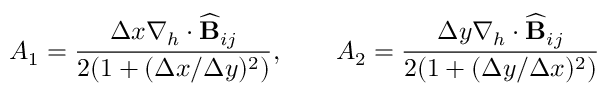
A _ { 1 } = \frac { \Delta x \nabla _ { h } \cdot \widehat { \mathbf { B } } _ { i j } } { 2 ( 1 + ( \Delta x / \Delta y ) ^ { 2 } ) } , \qquad A _ { 2 } = \frac { \Delta y \nabla _ { h } \cdot \widehat { \mathbf { B } } _ { i j } } { 2 ( 1 + ( \Delta y / \Delta x ) ^ { 2 } ) }